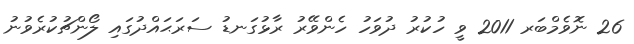
26 ނޮވެމްބަރ 2011 ވީ ހުކުރު ދުވަހު ހެންވޭރު ރާޅުގަނޑު ސަރަޙައްދުގައި ލޯންޗުކުރެވުނު